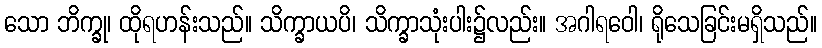
သော ဘိက္ခု၊ ထိုရဟန်းသည်။ သိက္ခာယပိ၊ သိက္ခာသုံးပါး၌လည်း။ အဂါရဝေါ၊ ရိုသေခြင်းမရှိသည်။